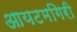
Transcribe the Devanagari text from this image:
आयटमगिरी